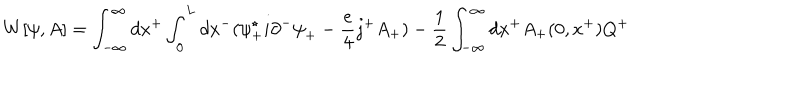
LaTeX: W [ { \psi } , A ] = \int _ { - \infty } ^ { \infty } d x ^ { + } \int _ { 0 } ^ { L } d x ^ { - } ( { \psi } _ { + } ^ { \star } i { \partial } ^ { - } { \psi } _ { + } - \frac { e } { 4 } j ^ { + } A _ { + } ) - \frac { 1 } { 2 } \int _ { - \infty } ^ { \infty } d x ^ { + } A _ { + } ( 0 , x ^ { + } ) Q ^ { + }